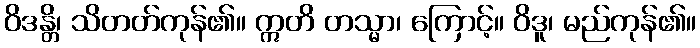
ဝိဒန္တိ၊ သိတတ်ကုန်၏။ ဣတိ တသ္မာ၊ ကြောင့်။ ဝိဒူ၊ မည်ကုန်၏။